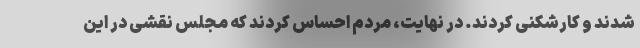
شدند و کارشکنی کردند. در نهایت، مردم احساس کردند که مجلس نقشی در این